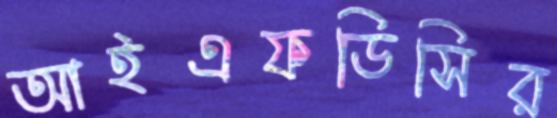
আইএফডিসির